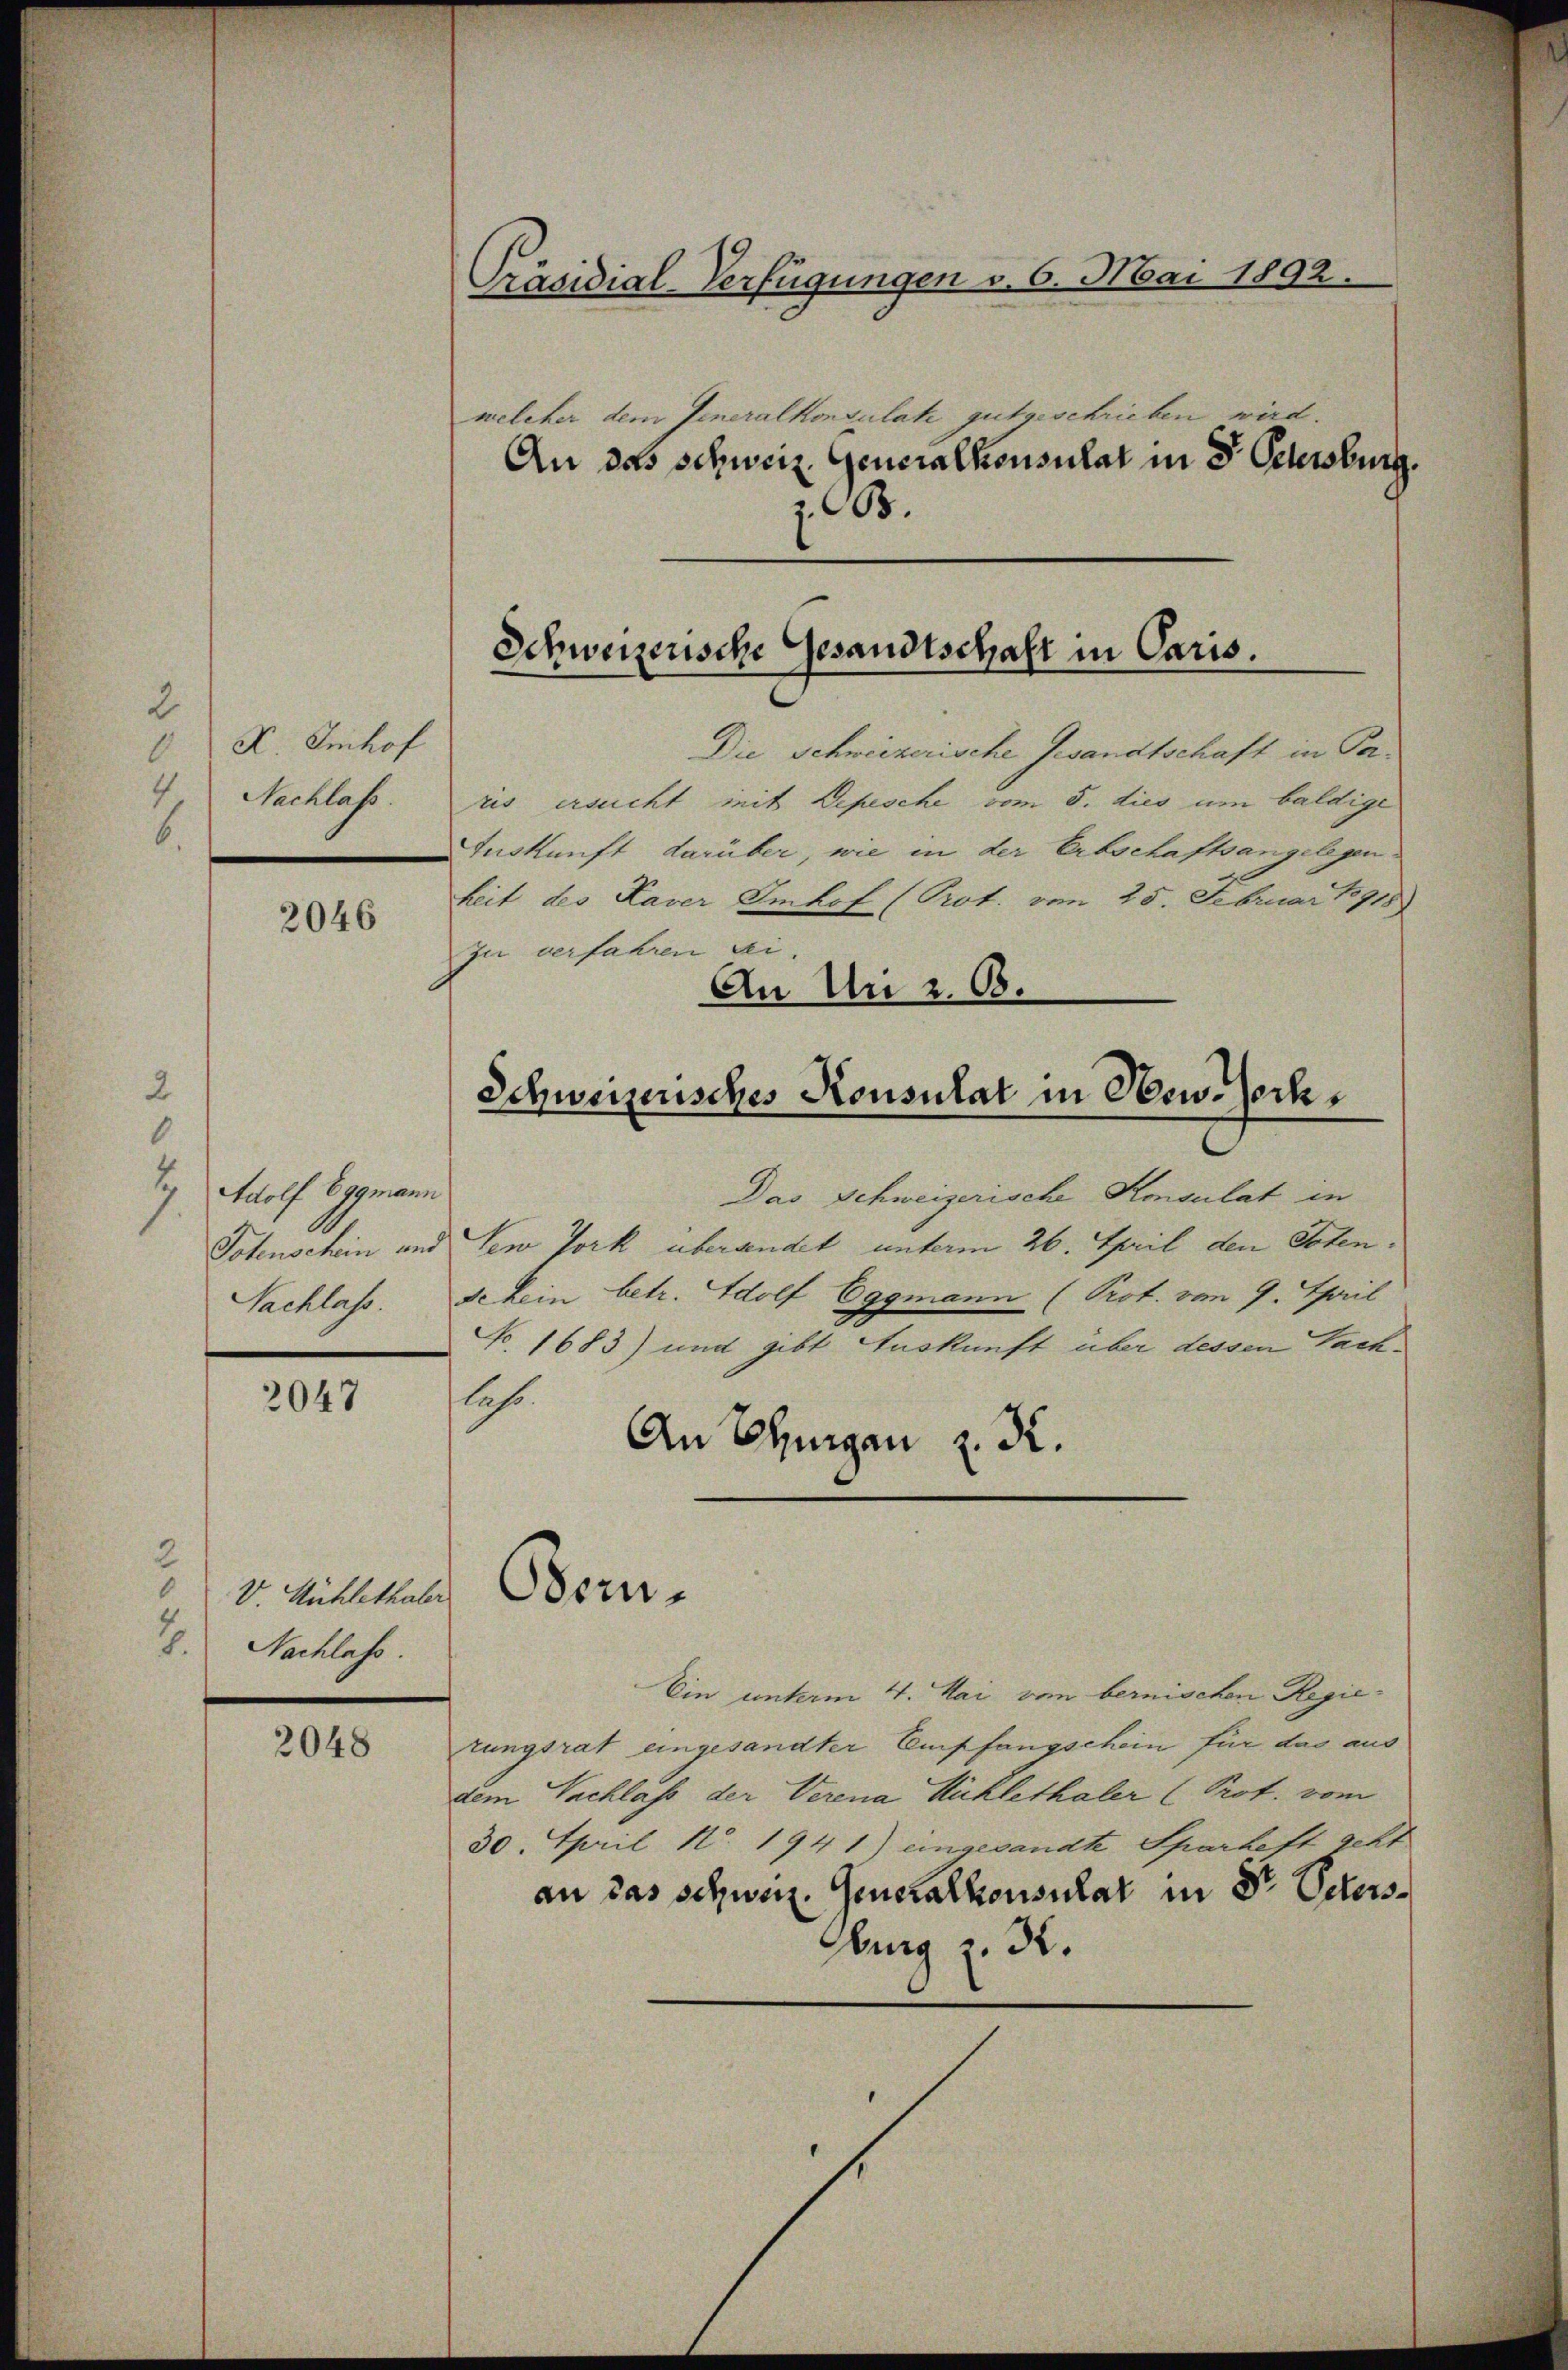
2
X. Imhof
4
Nachlass.
6.

2046

0
7 Adolf Eggmann
Sachlass.

2047

2
V. Mühlethaler
8. Nachlass

2048

Präsidial-Verfügungen v. 6. Mai 1892.
welcher dem Generalkonsulate gutgeschrieben wird.
An das schweiz. Generalkonsulat in d Oelersburg.

Die Schweizerische Gesandtschaft in Paris ersucht mit Depesche vom 5. dies um baldige
Auskunft darüber, wie in der Erbschaftsangelegenheit des Kaver Imhof (Prot. vom 25. Februar 18918)
zu verfahren sei.
An Ui 2. 68.

z. B.

Schweizerische Gesandtschaft in Paris.

Schweizerisches Konsulat in New-Jerk

Bom¬

2
Das Schweizerische Konsulat in
Potenschein und den Jork übersendet unterm 26. April den Toten.
schein betr. Adolf Eggmann (Prot. vom 9. April
No. 1683) und gibt Auskunft über dessen Sachlahr.
An Thurgan z. R.
Ein unterm 4. Mai vom bernischen Regierungsrat eingesandter Empfangschein für das aus
dem Nachlass der Verena Michlethaler (Prot. vom
30. April No. 1941) eingesandte Sparhaft geht
an das schweiz. Generalkonsulat in Dr Peters¬
Aug z. R.